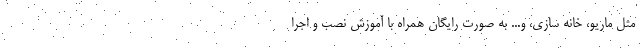
مثل ماریو، خانه سازی، و... به صورت رایگان همراه با آموزش نصب و اجرا